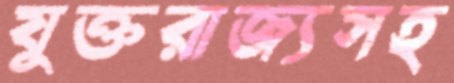
যুক্তরাজ্যসহ